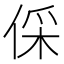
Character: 倸